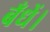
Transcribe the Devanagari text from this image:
बँधें।